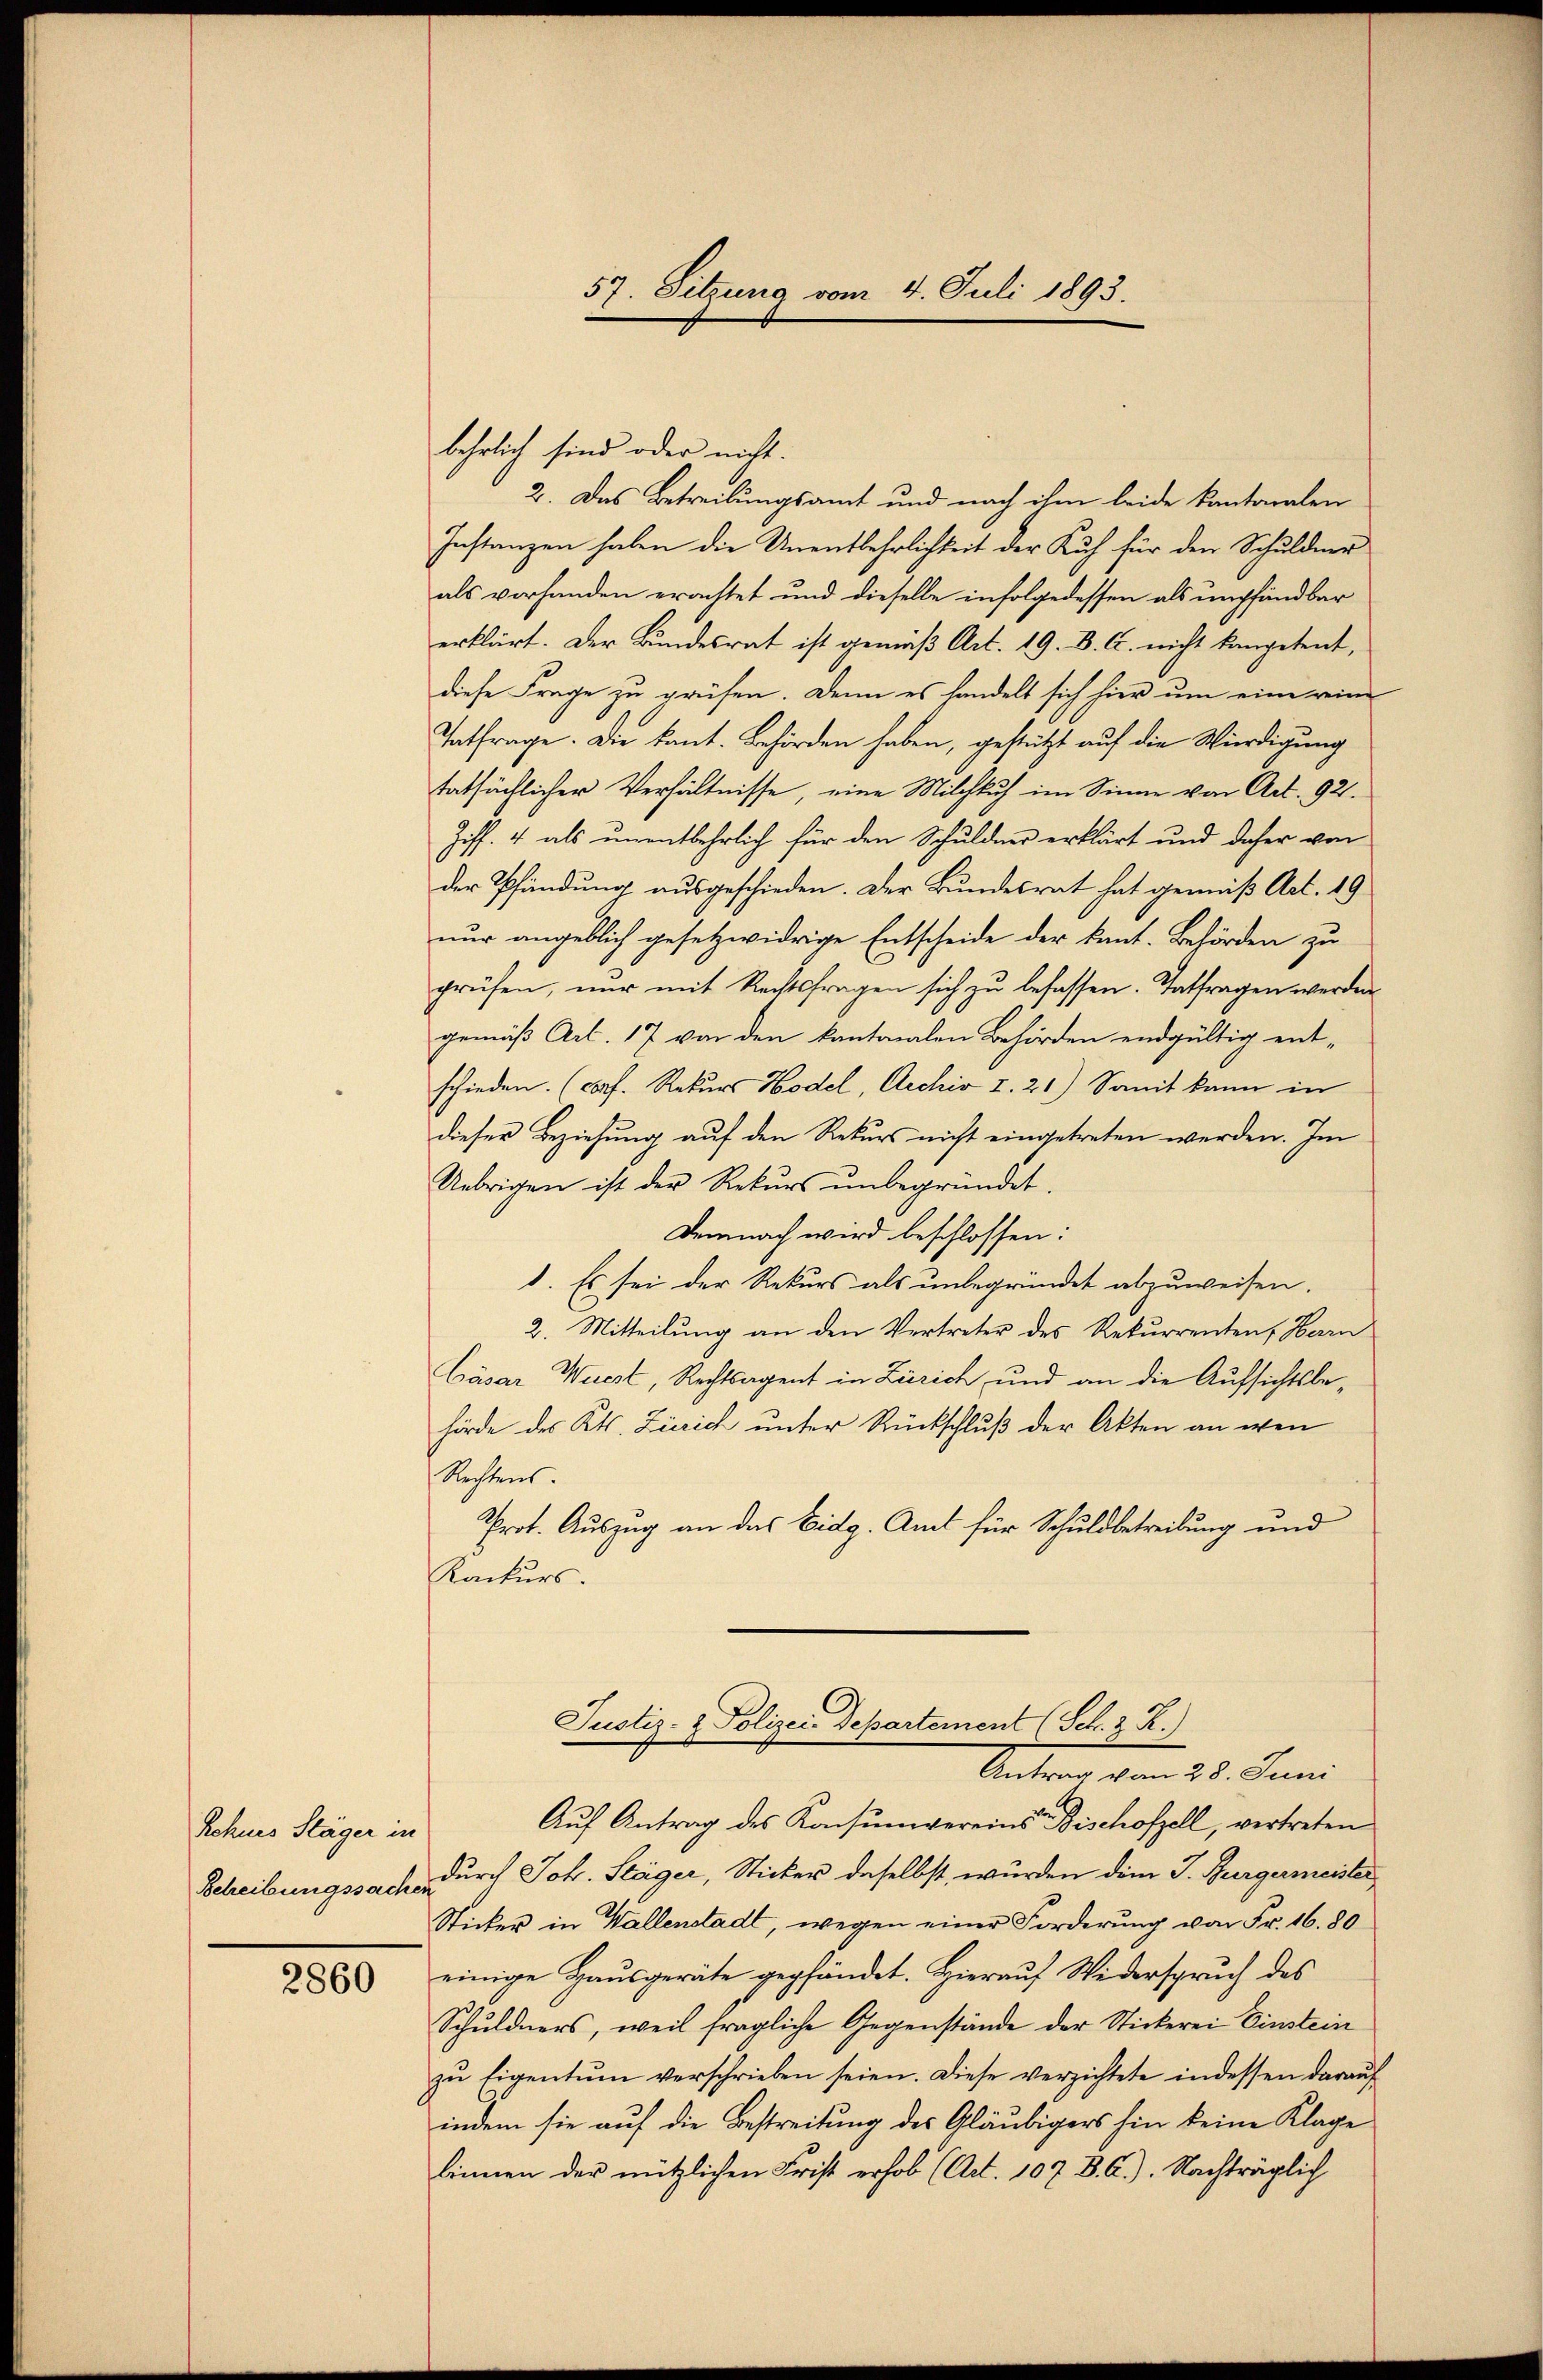
Rohnes Stäger in
Betreibungssachen

2860

57. Sitzung vom 4. Juli 1893.

behrlich sind oder nicht.
2. Das Betreibungsamt und nach ihm beide kantonalen
Instanzen haben die Unentbehrlichkeit der Kuh für den Schuldner
als vorhanden erachtet und dieselbe infolgedessen als empfandbar
erklärt. Der Bundesrat ist gemäß Art. 19. D. C. nicht kompetent,
diese Frage zu prüfen. Denn es handelt sich hier um eine reine
Tatfrage. Die kant. Behörden haben, gestützt auf die Würdigung
tatsächlicher Verhältnisse, eine Milchkuh im Sinne von Art. 92.
Ziff. 4 als unentbehrlich für den Schuldner erklärt und daher von
der Pfändung ausgeschieden. Der Bundesrat hat gemäß Art. 19
nur angeblich gesetzwidrige Entscheide der kant. Behörden zu
prüfen, nur mit Rechtsfragen sich zu befassen. Entfragen werden
gemäß Art. 17 von den kantonalen Behörden endgültig ent-
schieden. (cf. Rekurs Hodel, Archiv I. 21) Sanit kann in
dieser Beziehung auf den Rekurs nicht eingetreten werden. Im
Uebrigen ist der Rekurs unbegründet
Demnach wird beschlossen:
1. Es sei der Rekurs als unbegründet abzuweisen.
2. Mitteilung an den Vertreter des Rekurrenten, Herrn
Cäsar Weiest, Rechtsagent in Zürich, und an die Aufsichtsbehörde des Kts. Zürich unter Rückschluß der Akten an wen
Rechtens.
Prot. Auszug an das Eidg. Amt für Schuldbetreibung und
Kackurs.
Justiz- & Polizei-Departement (Sch. z. R.)
Antrag vom 25. Juni
Aŭf Antrag des Konsumvereins Bischofzell, vertreten
durch Joh. Stäger, Sticker daselbst, wurden dem J. Bürgermeister
Sticker in Wallenstadt, wegen einer Forderung von Fr. 16. 80
einige Hausgeräte gepfändet. Hierauf Widerspruch des
Schuldners, weil fragliche Gegenstände der Stickerei Einstein
zŭ Eigentum verschrieben seien. Diese verzichtete indessen daraŭf
indem sie auf die Bestreitung des Gläubigers hin keine Klage
linnen der nützlichen Frist erhob (Art. 107. B. C.). Nachträglich